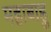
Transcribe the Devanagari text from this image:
महाबाहु